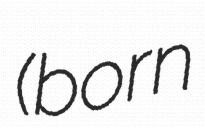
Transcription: (born